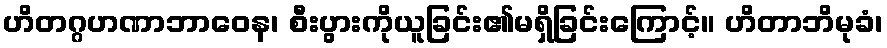
ဟိတဂ္ဂဟဏာဘာဝေန၊ စီးပွားကိုယူခြင်း၏မရှိခြင်းကြောင့်။ ဟိတာဘိမုခံ၊